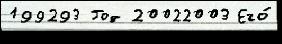
199293 Год 20022003 Его́